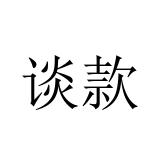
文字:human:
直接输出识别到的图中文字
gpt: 谈款